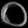
Digit: ၀